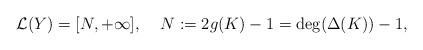
LaTeX: \begin{align*}\mathcal{L}(Y) = [N, +\infty],\;\;\;\;N:= 2g(K) - 1 = \deg(\Delta(K)) - 1,\end{align*}